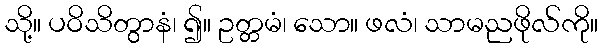
သို့။ ပဝိသိတွာနံ၊ ၍။ ဥတ္တမံ၊ သော။ ဖလံ၊ သာမညဖိုလ်ကို။